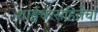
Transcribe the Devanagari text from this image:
शार्ङ्गधरसंहितेचा